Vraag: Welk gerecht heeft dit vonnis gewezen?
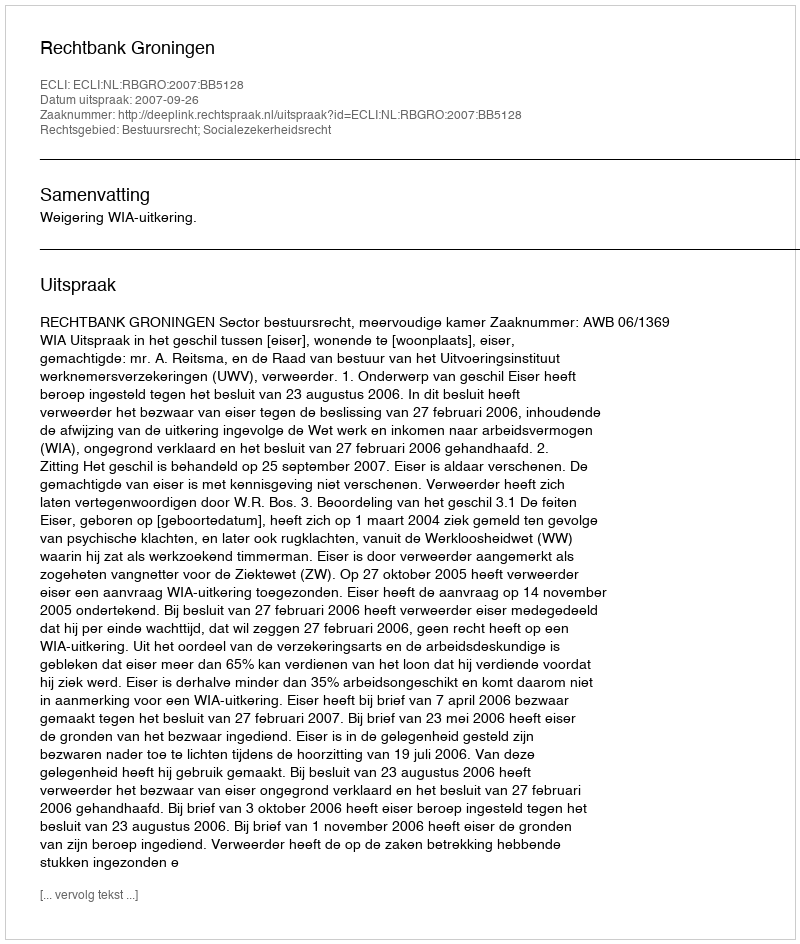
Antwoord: Rechtbank Groningen